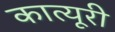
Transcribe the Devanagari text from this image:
कात्यूरी